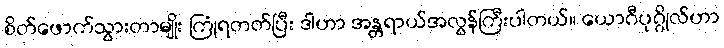
စိတ်ဖောက်သွားတာမျိုး ကြုံရတတ်ပြီး ဒါဟာ အန္တရာယ်အလွန်ကြီးပါတယ်။ ယောဂီပုဂ္ဂိုလ်ဟာ